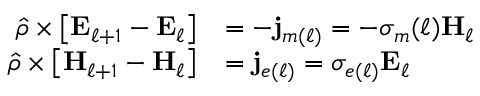
\begin{array} { r l } { \hat { \rho } \times \left[ \mathbf { E } _ { \ell + 1 } - \mathbf { E } _ { \ell } \right] } & { = - \mathbf { j } _ { m ( \ell ) } = - \sigma _ { m } ( \ell ) \mathbf { H } _ { \ell } } \\ { \hat { \rho } \times \left[ \mathbf { H } _ { \ell + 1 } - \mathbf { H } _ { \ell } \right] } & { = \mathbf { j } _ { e ( \ell ) } = \sigma _ { e ( \ell ) } \mathbf { E } _ { \ell } } \end{array}